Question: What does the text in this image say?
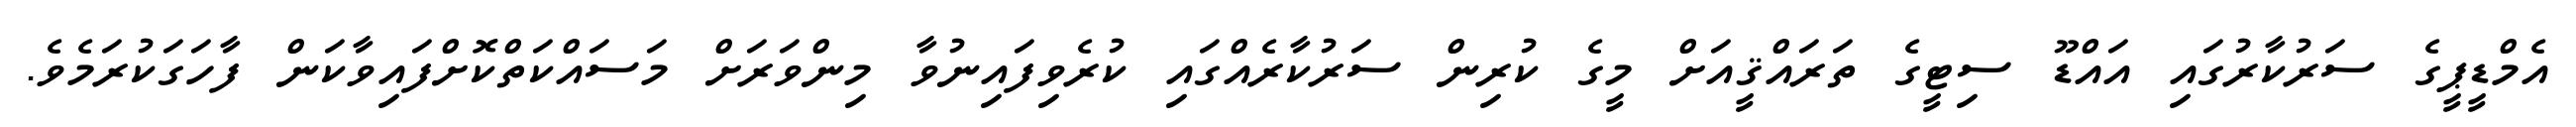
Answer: އެމްޑީޕީގެ ސަރުކާރުގައި އައްޑޫ ސިޓީގެ ތަރައްޤީއަށް މީގެ ކުރިން ސަރުކާރެއްގައި ކުރެވިފައިނުވާ މިންވަރަށް މަސައްކަތްކޮށްފައިވާކަން ފާހަގަކުރަމެވެ.